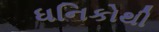
ધનિકોથી